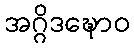
အဂ္ဂိဒဍ္ဎောဝ